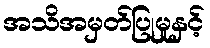
အသိအမှတ်ပြုမှုနှင့်